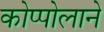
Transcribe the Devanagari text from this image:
कोप्पोलाने